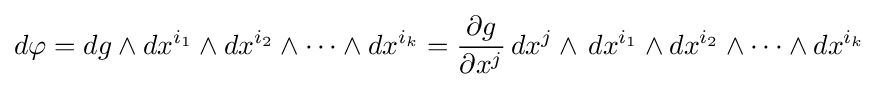
d{\varphi }=dg\wedge dx^{i_{1}}\wedge dx^{i_{2}}\wedge \cdots \wedge dx^{i_{k}}={\frac {\partial g}{\partial x^{j}}}\,dx^{j}\wedge \,dx^{i_{1}}\wedge dx^{i_{2}}\wedge \cdots \wedge dx^{i_{k}}